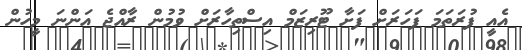
އެއީ ފުރަތަމަ ފަހަރަށް ފަށާ ޓޫރިޒަމް އިސްތިހާރަށް ވުމުން ރާއްޖެ އަންނަ މީހުން